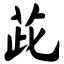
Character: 茈